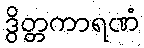
ဒွိတ္တကာရဏံ